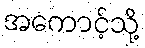
အကောင့်သို့